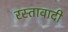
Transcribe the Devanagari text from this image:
रस्तावादी